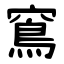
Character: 窵